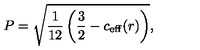
P = \sqrt { \frac 1 { 1 2 } \left( \frac 3 2 - c _ { \mathrm { e f f } } ( r ) \right) } ,